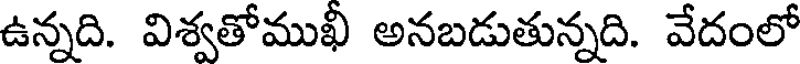
ఉన్నది. విశ్వతోముఖీ అనబడుతున్నది. వేదంలో